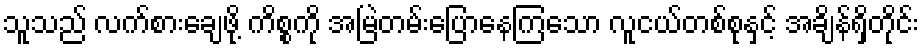
သူသည် လက်စားချေဖို့ ကိစ္စကို အမြဲတမ်းပြောနေကြသော လူငယ်တစ်စုနှင့် အချိန်ရှိတိုင်း